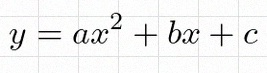
y=ax^2+bx+c